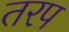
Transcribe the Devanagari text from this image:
तरप